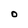
Character: O